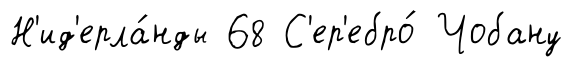
Н'ид'ерла́нды 68 С'ер'ебро́ Чобану